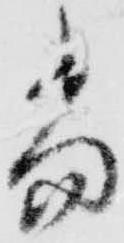
尚